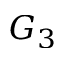
G _ { 3 }